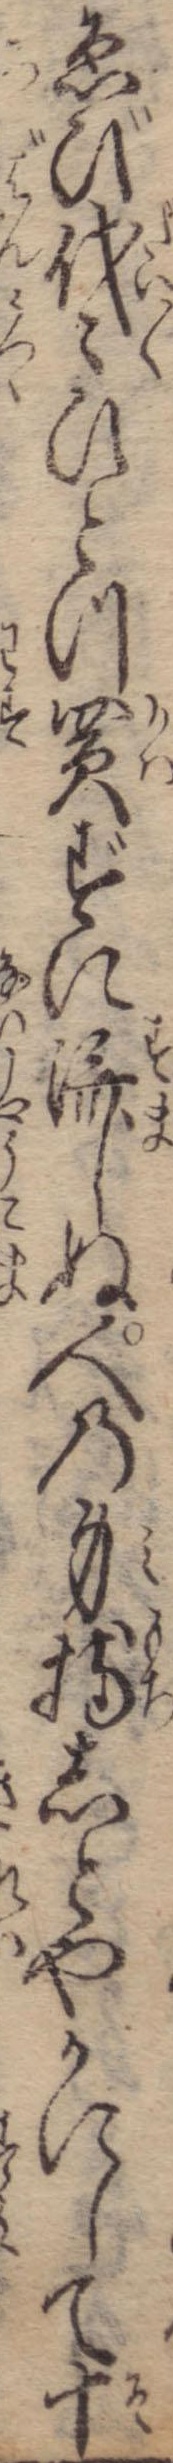
ゑび代々ひとつ買ずに済しぬ人の身持しとやかにして十